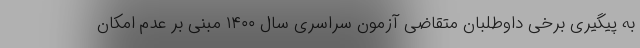
به پیگیری برخی داوطلبان متقاضی آزمون سراسری سال ۱۴۰۰ مبنی بر عدم امکان